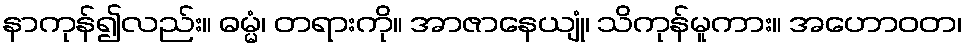
နာကုန်၍လည်း။ ဓမ္မံ၊ တရားကို။ အာဇာနေယျုံ၊ သိကုန်မူကား။ အဟောဝတ၊